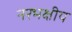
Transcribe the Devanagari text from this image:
नरभक्षीय